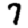
Digit: 7